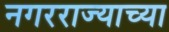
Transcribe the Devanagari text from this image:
नगरराज्याच्या